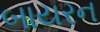
બાયરન